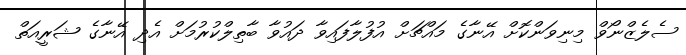
ސެލެޒްނޯވް މިނިވަންކޮށް އޭނާގެ މައްޗަށް އުފުލާފައިވާ ދައުވާ ބާތިލްކުރުމަށް އެދި އޭނާގެ ޝަރީއަތް